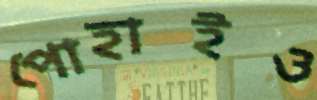
পোহাইও